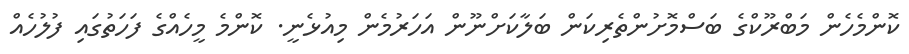
ކޮންމެހެން މަބްރޫކްގެ ބަސްމޮށުންތެރިކަން ބަލާކަށްނޫން އަހަރުމެން މިއުޅެނީ. ކޮންމެ މީހެއްގެ ފަހަތުގައި ފުލުހެއް